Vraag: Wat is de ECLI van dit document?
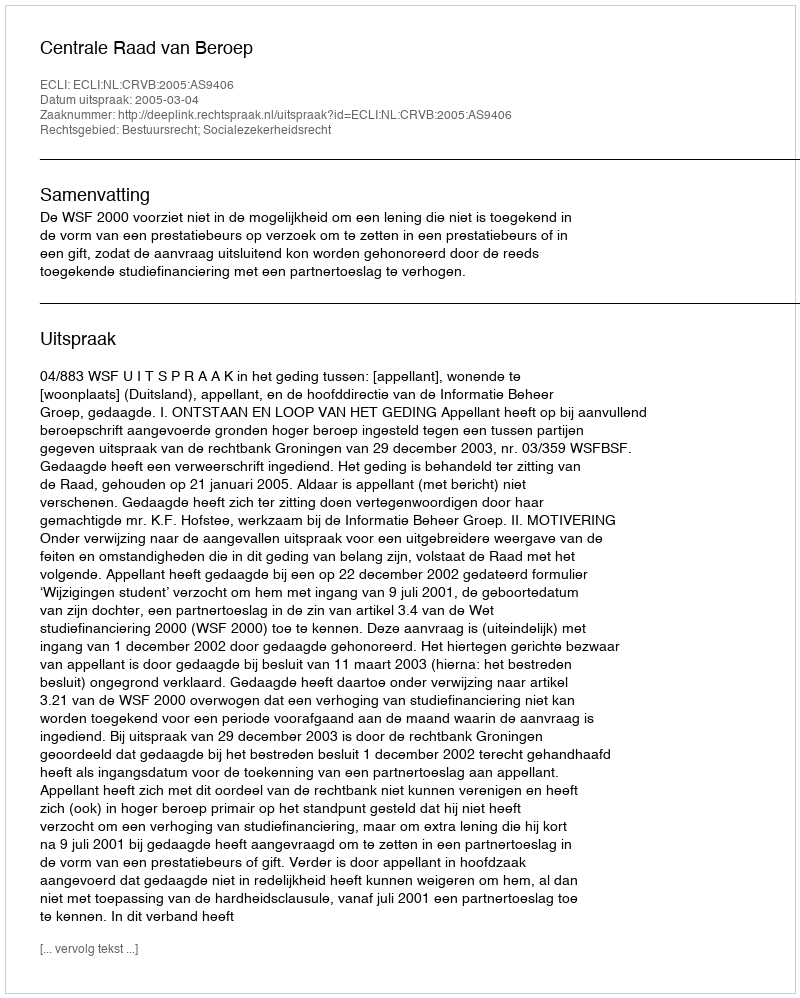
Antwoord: ECLI:NL:CRVB:2005:AS9406